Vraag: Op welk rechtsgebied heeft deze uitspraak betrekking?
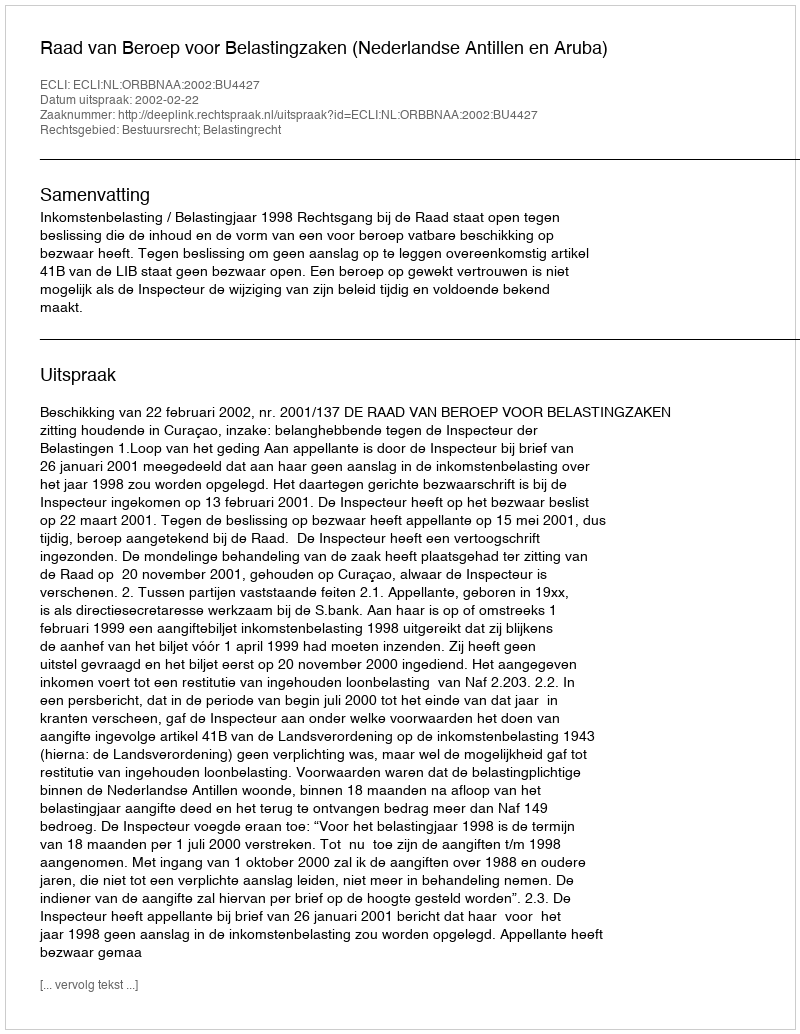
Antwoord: Bestuursrecht; Belastingrecht